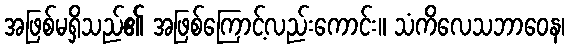
အဖြစ်မရှိသည်၏ အဖြစ်ကြောင့်လည်းကောင်း။ သံကိလေသဘာဝေန၊